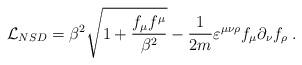
LaTeX: \begin{align*}{\cal L}_{NSD}=\beta^2{\sqrt{1+\frac{f_\mu f^\mu}{ \beta^2}}}-\frac 1{2m} \varepsilon ^{\mu\nu\rho} f_\mu\partial_\nu f_\rho \; .\end{align*}